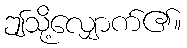
ဤသို့လျှောက်၏။